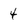
Character: 4